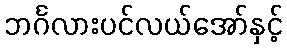
ဘင်္ဂလားပင်လယ်အော်နှင့်